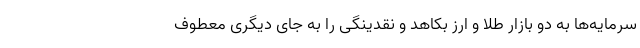
سرمایه‌ها به دو بازار طلا و ارز بکاهد و نقدینگی را به جای دیگری معطوف